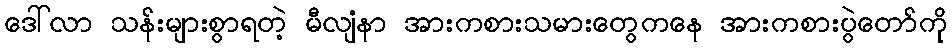
ဒေါ်လာ သန်းများစွာရတဲ့ မီလျံနာ အားကစားသမားတွေကနေ အားကစားပွဲတော်ကို